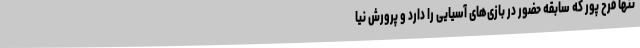
تنها فرح پور که سابقه حضور در بازی‌های آسیایی را دارد و پرورش نیا